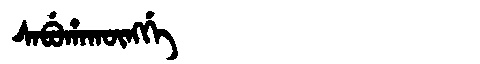
Manchu: ᠰᠠᠪᡠᡥᠠᡴᡡᠩᡤᡝ
Romanization: SABUHAKŪNGGE